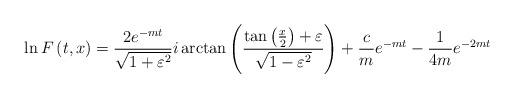
LaTeX: \begin{align*}\ln F\left( t,x\right) =\frac{2e^{-mt}}{\sqrt{1+\varepsilon ^{2}}}i\arctan\left( \frac{\tan \left( \frac{x}{2}\right) +\varepsilon }{\sqrt{1-\varepsilon ^{2}}}\right) +\frac{c}{m}e^{-mt}-\frac{1}{4m}e^{-2mt}\end{align*}